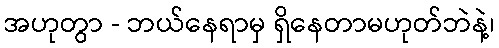
အဟုတွာ - ဘယ်နေရာမှ ရှိနေတာမဟုတ်ဘဲနဲ့၊